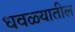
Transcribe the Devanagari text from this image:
धवळ्यातील